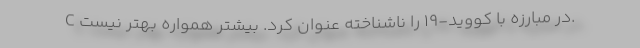
C در مبارزه با کووید-19 را ناشناخته عنوان کرد. بیشتر همواره بهتر نیست.